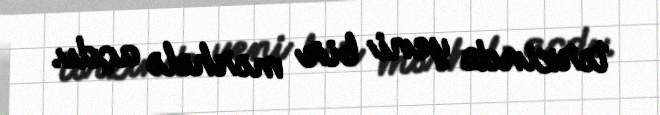
tərzində yeni bir mərhələ açdı.